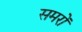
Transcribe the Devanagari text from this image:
समरों